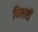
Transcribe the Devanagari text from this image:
फिलरों